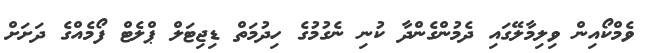
ވެމްކޯއިން ވިލިމާލޭގައި ދެމުންގެންދާ ކުނި ނެގުމުގެ ހިދުމަތް ޑިޖިޓަލް ޕްލެޓް ފޯމެއްގެ ދަށަށް